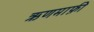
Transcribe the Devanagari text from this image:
ऋणमाफ़ी